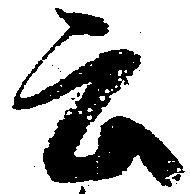
云